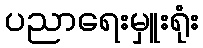
ပညာရေးမှူးရုံး